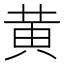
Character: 黄